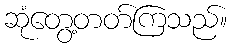
ဆုံတွေ့တတ်ကြသည်။